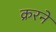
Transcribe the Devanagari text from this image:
क्ररने